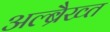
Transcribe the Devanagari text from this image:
अल्ब्रैख्त